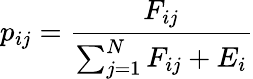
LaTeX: p_{ij}=\frac{F_{ij}}{\sum_{j=1}^{N}F_{ij}+E_{i}}